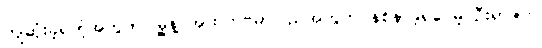
ကျဆုံးခဲ့ရတဲ့အတွက် မြို့နဲ့ အထက်ဗမာပြည်အတွက် နစ်နာခဲ့ရပေမဲ့ ဦးရာဇတ်